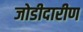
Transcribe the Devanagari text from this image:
जोडीदारीण